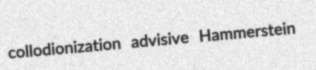
collodionization advisive Hammerstein